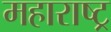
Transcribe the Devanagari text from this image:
महाराष्ट्र